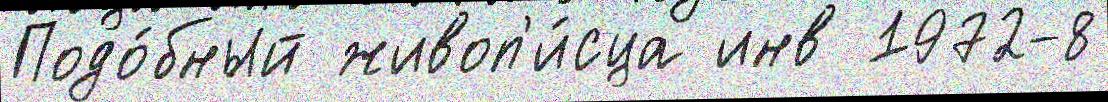
Подо́бный живоп'и́сца инв 1972-8